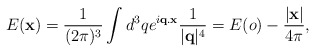
\begin{align*}E({\bf x})=\frac{1}{(2\pi)^3}\int d^3q e^{i{\bf q.x}}\frac{1}{|{\bf q}|^4}=E(o)-\frac{|{\bf x}|}{4\pi},\end{align*}